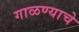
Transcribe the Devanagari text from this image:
गाळण्याचे